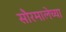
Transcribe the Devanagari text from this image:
सौरमालेच्या